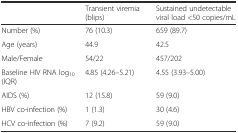
|  | Transient viremia (blips) | Sustained undetectable viral load <50 copies/mL |
 | --- | --- | --- |
 | Number (%) | 76 (10.3) | 659 (89.7) |
 | Age (years) | 44.9 | 42.5 |
 | Male/Female | 54/22 | 457/202 |
 | Baseline HIV RNA log10 (IQR) | 4.85 (4.26–5.21) | 4.55 (3.93–5.00) |
 | AIDS (%) | 12 (15.8) | 59 (9.0) |
 | HBV co-infection (%) | 1 (1.3) | 30 (4.6) |
 | HCV co-infection (%) | 7 (9.2) | 59 (9.0) |